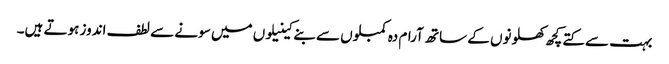
بہت سے کتے کچھ کھلونوں کے ساتھ آرام دہ کمبلوں سے بنے کینیلوں میں سونے سے لطف اندوز ہوتے ہیں۔